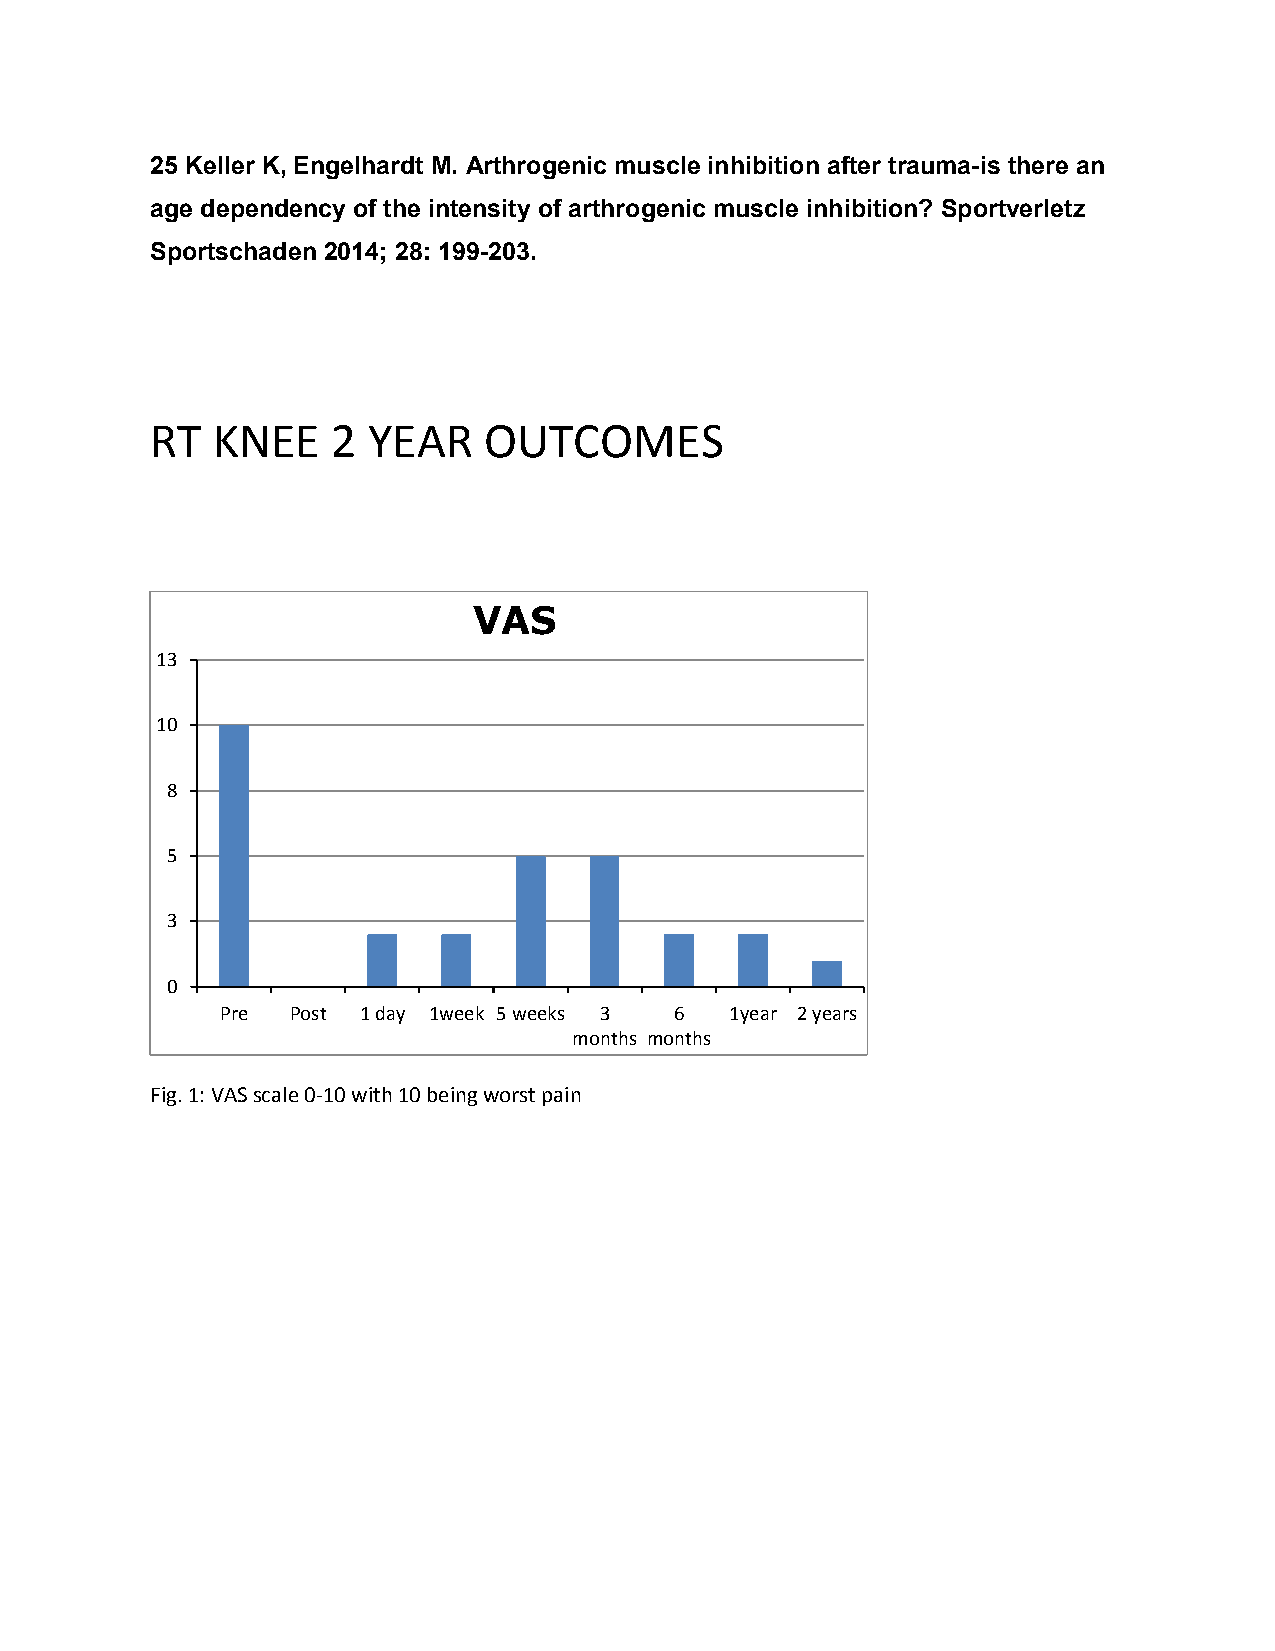
25 Keller K, Engelhardt M. Arthrogenic muscle inhibition after trauma-is there an
 age dependency of the intensity of arthrogenic muscle inhibition? Sportverletz
 Sportschaden 2014; 28: 199-203.
 RT  KNEE    2 YEAR    OUTCOMES
 VAS
 13
 10
 8
 5
 3
 0
 Pre Post 1 day 1week 5 weeks 3 6 1year 2 years
 months months
 Fig. 1: VAS scale 0-10 with 10 being worst pain